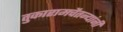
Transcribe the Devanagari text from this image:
तुकारामचैतन्यांनी